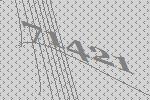
71421